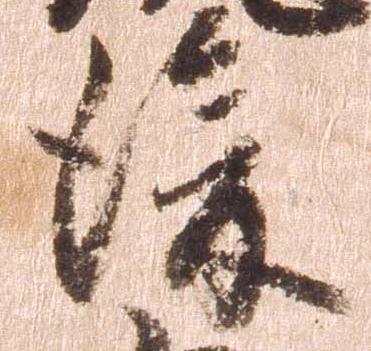
後